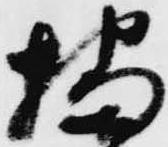
播